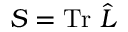
S = \mathrm { T r ~ } \hat { { \cal L } }